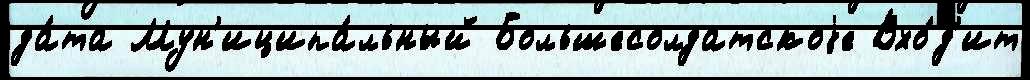
да́та Мун'иципа́льный Большесолдатскоjе Вхо́д'ит